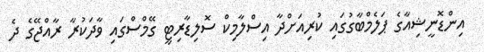
އިންޑޮނީޝިއާގެ ޕަލެމްބާގުގައި ކުރިއަށްދާ އިސްލާމިކް ސޮލިޑާރިޓީ ގޭމްސްގައި ވާދަކުރާ ރާއްޖޭގެ ދެ